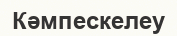
Кәмпескелеу